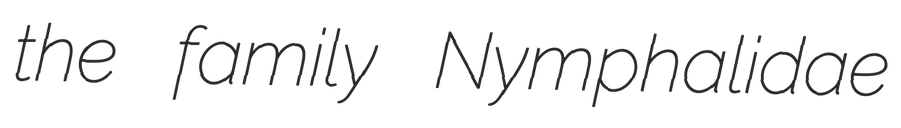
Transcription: the family Nymphalidae